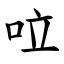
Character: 㕸